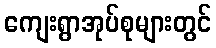
ကျေးရွာအုပ်စုများတွင်